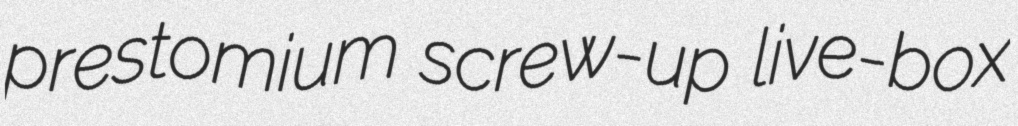
prestomium screw-up live-box